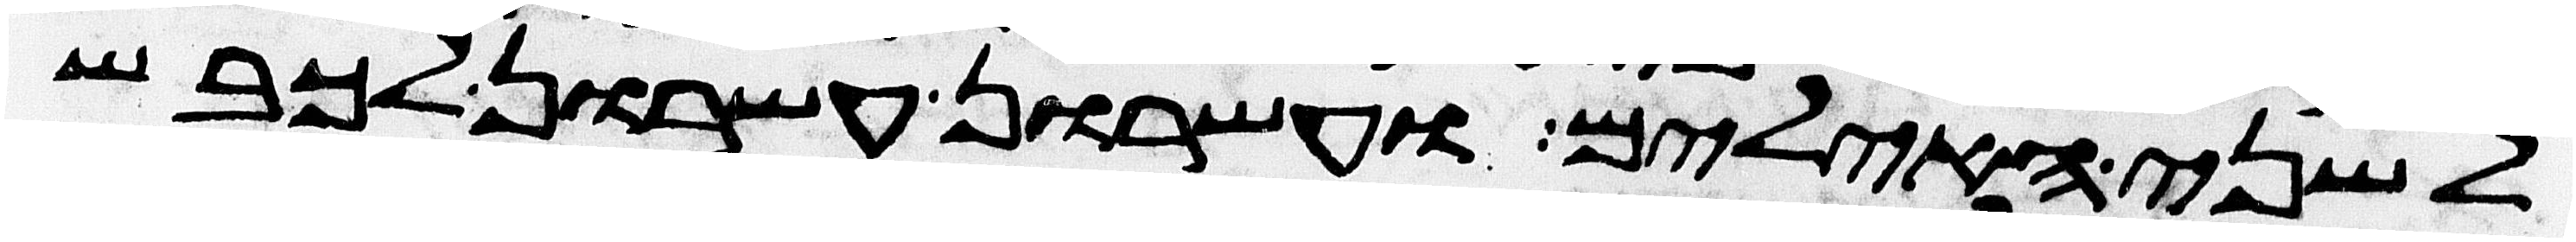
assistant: לשני האילים ועשרון עשרון לכבש